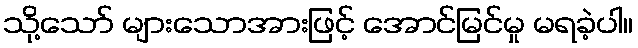
သို့သော် များသောအားဖြင့် အောင်မြင်မှု မရခဲ့ပါ။